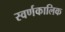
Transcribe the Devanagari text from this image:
स्वर्णकालिक